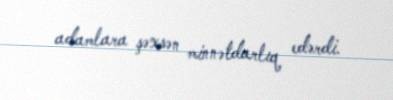
adamlara şəxsən minnətdarlıq edərdi.